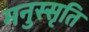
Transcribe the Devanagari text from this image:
मनुस्सृति